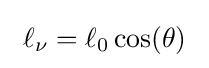
\ \ell _{\nu }=\ell _{0}\cos(\theta )\